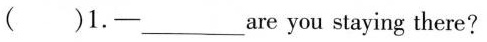
()1.-___ are you staying there?